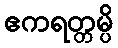
ဧကရတ္တမ္ပိ